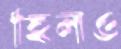
হিলও